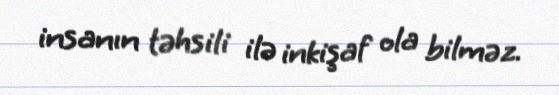
insanın təhsili ilə inkişaf ola bilməz.